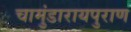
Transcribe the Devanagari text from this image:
चामुंडारायपुराण